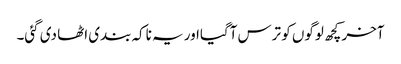
آخر کچھ لوگوں کو ترس آگیااور یہ ناکہ بندی اٹھا دی گئی۔